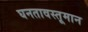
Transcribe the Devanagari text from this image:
घनतावस्तूमान